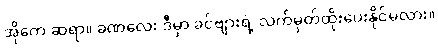
အိုကေ ဆရာ။ ခဏလေး ဒီမှာ ခင်ဗျားရဲ့ လက်မှတ်ထိုးပေးနိုင်မလား။